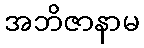
အဘိဇာနာမ